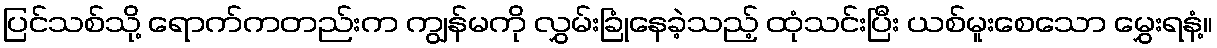
ပြင်သစ်သို့ ရောက်ကတည်းက ကျွန်မကို လွှမ်းခြုံနေခဲ့သည့် ထုံသင်းပြီး ယစ်မူးစေသော မွှေးရနံ့။